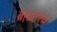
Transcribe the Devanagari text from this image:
ब्रह्मतत्त्व